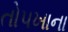
તોપખાના